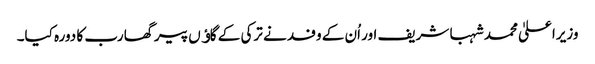
وزیراعلیٰ محمد شہبا شریف اور اُن کے وفد نے ترکی کے گاﺅں پیرگھا رب کا دورہ کیا۔